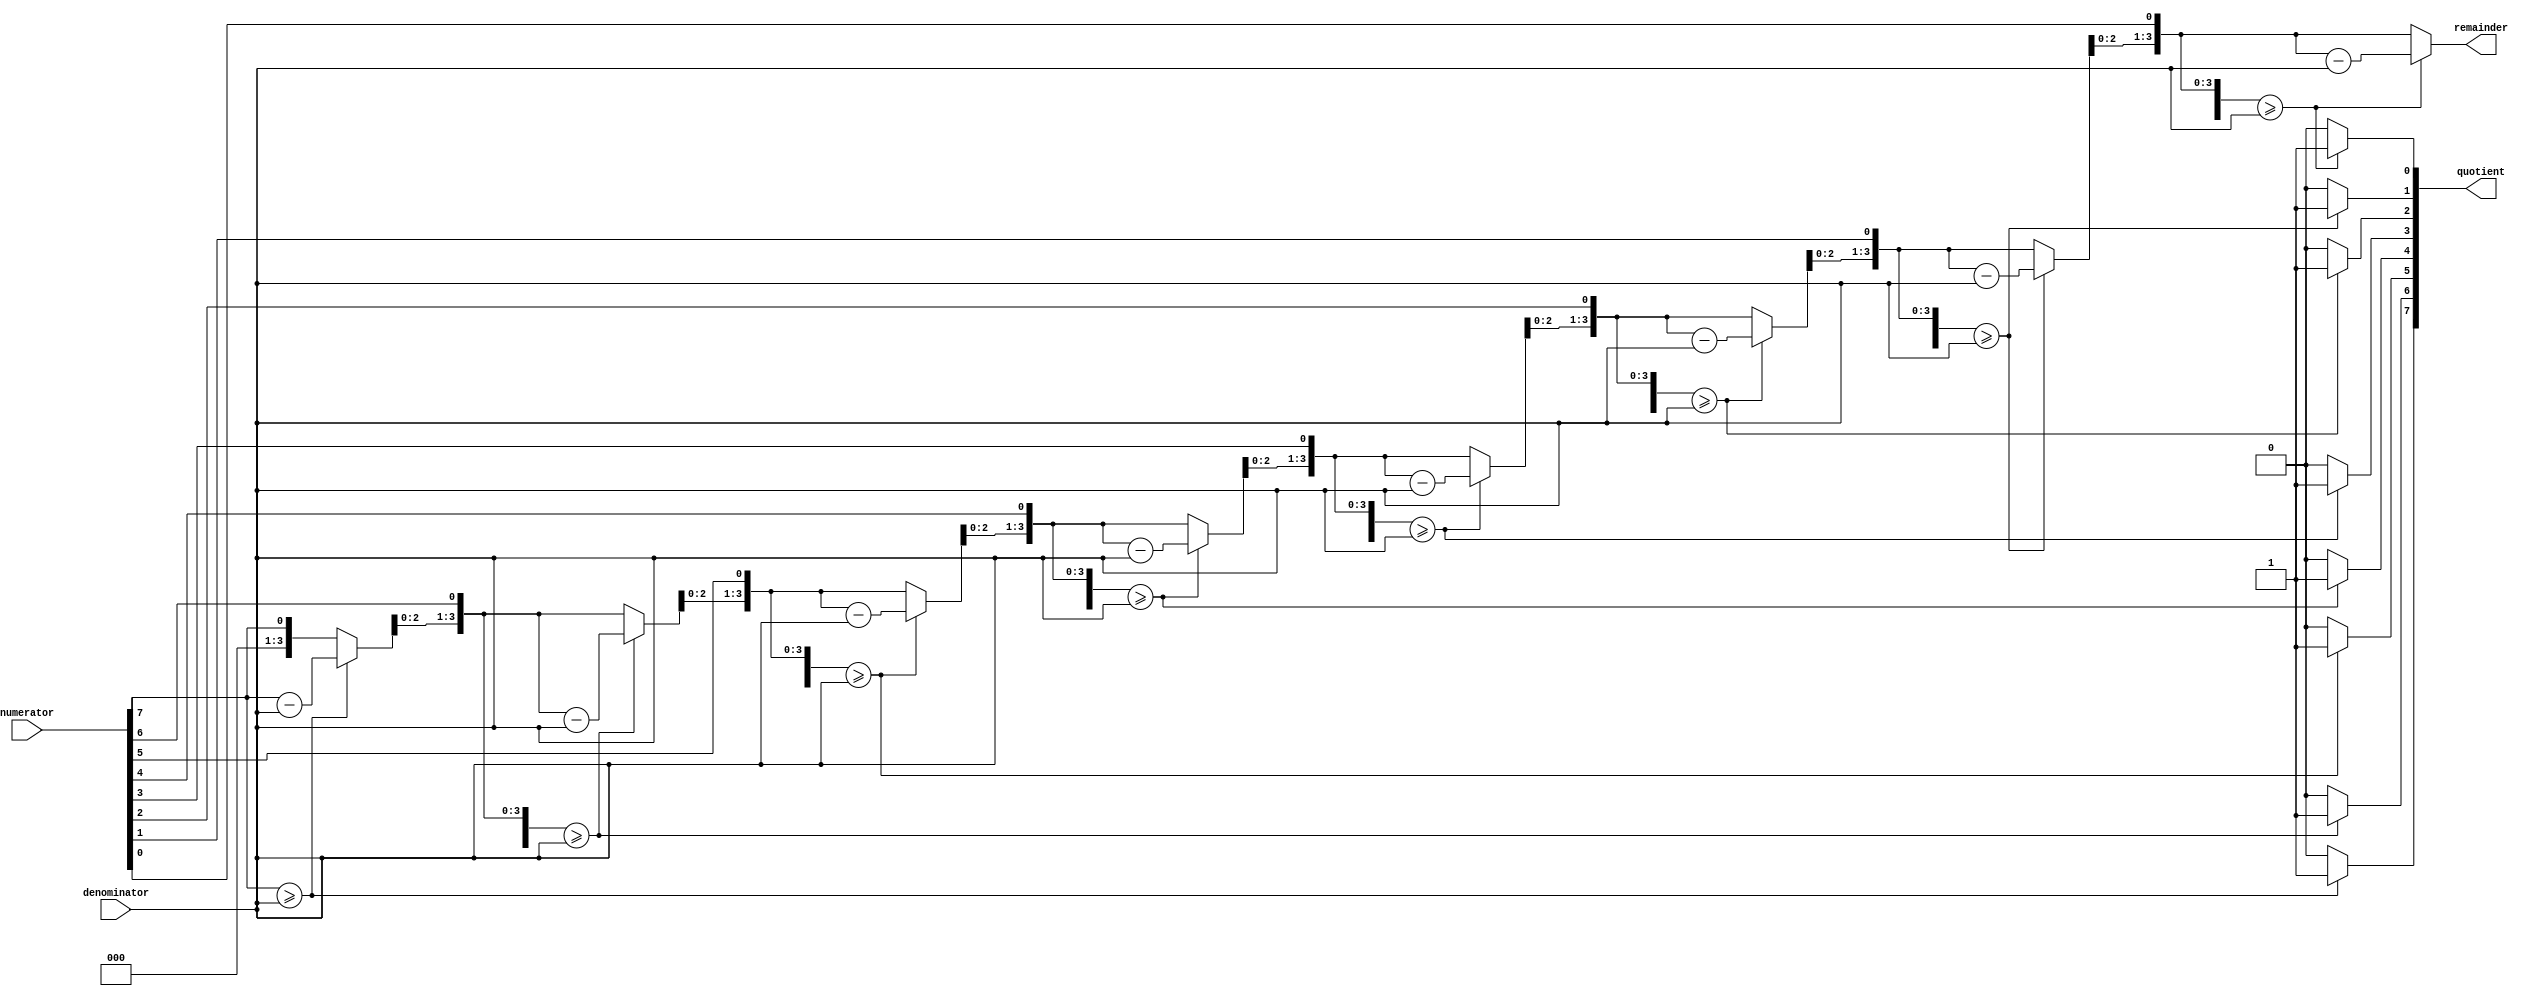
module div84(
    input [7:0] numerator,
    input [3:0] denominator,
    output [7:0] quotient,
    output [3:0] remainder
    );
    wire[7:0] numerator;
    wire[3:0] denominator;
    reg[7:0]  quotient;
    reg [3:0]  remainder;
    reg[3:0] remH;
    reg[3:0] remL;
    reg[3:0] quotH;
    reg[3:0] quotL;
       always@(*)
         begin
             div4({1'b0,numerator[7:4]},denominator,quotH,remH);
             div4({remH,numerator[3:0]},denominator,quotL,remL);
             quotient[7:4]=quotH;
             quotient[3:0]=quotL;
             remainder=remL;
         end
          
          task div4(
          input[7:0] numer,
          input[3:0] denom,
          output[3:0] quot,
          output[3:0] rem);
          begin : D4
          reg[4:0] d;
          reg[4:0] n1;
          reg[3:0] n2;
              d={1'b0,denom};
              n2=numer[3:0];
              n1={1'b0,numer[7:4]};
          repeat(4)
          begin
              n1={n1[3:0],n2[3]};
              n2={n2[2:0],1'b0};
           if(n1>=d)
           begin
           n1=n1-d;
           n2[0]=1;
           end
           end
               quot=n2;
               rem=n1[3:0];
           end
           endtask
 endmodule